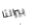
بيرالتا